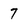
Character: 7